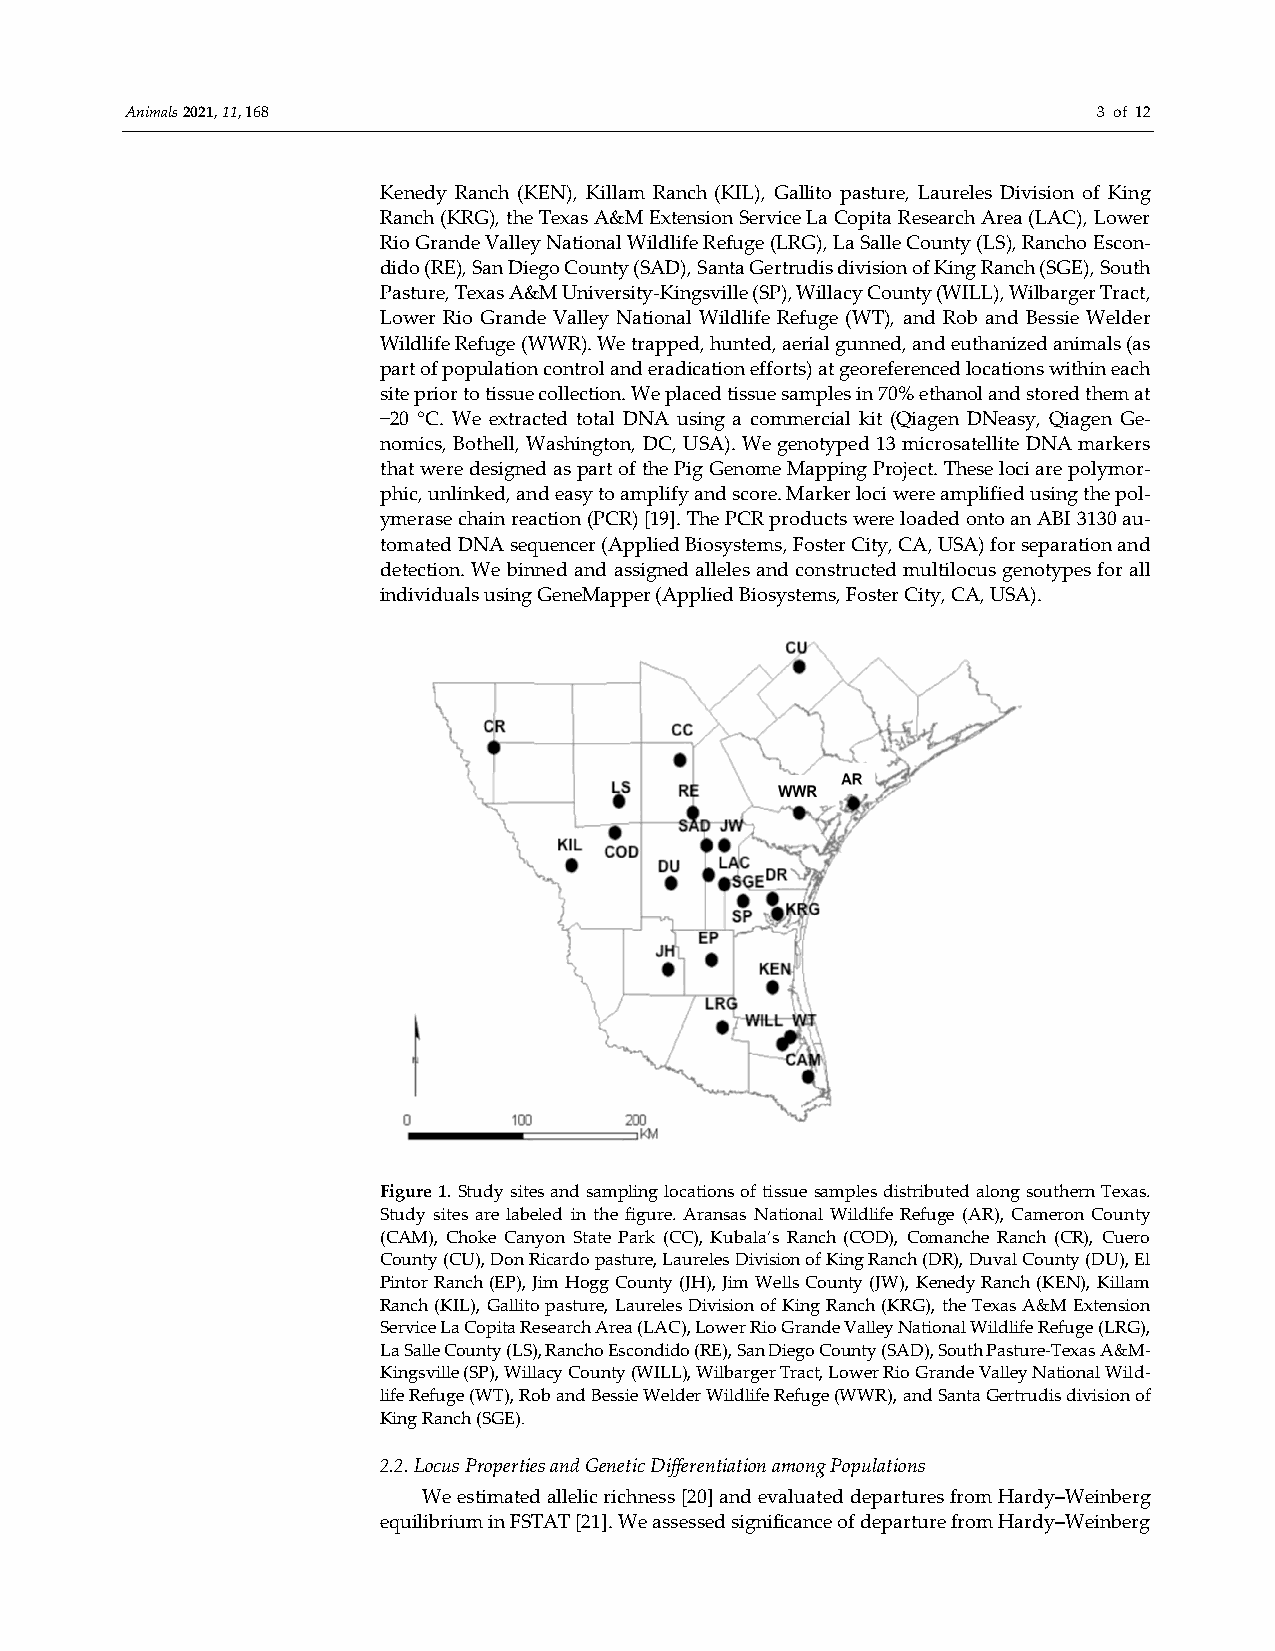
Animals 2021, 11, 168                                            3 of 12
 Kenedy Ranch (KEN), Killam Ranch (KIL), Gallito pasture, Laureles Division of King
 Ranch (KRG), the Texas A&M Extension Service La Copita Research Area (LAC), Lower
 Rio Grande Valley National Wildlife Refuge (LRG), La Salle County (LS), Rancho Escon-
 dido (RE), San Diego County (SAD), Santa Gertrudis division of King Ranch (SGE), South
 Pasture, Texas A&M University-Kingsville (SP), Willacy County (WILL), Wilbarger Tract,
 Lower Rio Grande Valley National Wildlife Refuge (WT), and Rob and Bessie Welder
 Wildlife Refuge (WWR). We trapped, hunted, aerial gunned, and euthanized animals (as
 part of population control and eradication efforts) at georeferenced locations within each
 site prior to tissue collection. We placed tissue samples in 70% ethanol and stored them at
 −20 °C. We extracted total DNA using a commercial kit (Qiagen DNeasy, Qiagen Ge-
 nomics, Bothell, Washington, DC, USA). We genotyped 13 microsatellite DNA markers
 that were designed as part of the Pig Genome Mapping Project. These loci are polymor-
 phic, unlinked, and easy to amplify and score. Marker loci were amplified using the pol-
 ymerase chain reaction (PCR) [19]. The PCR products were loaded onto an ABI 3130 au-
 tomated DNA sequencer (Applied Biosystems, Foster City, CA, USA) for separation and
 detection. We binned and assigned alleles and constructed multilocus genotypes for all
 individuals using GeneMapper (Applied Biosystems, Foster City, CA, USA).
 Figure 1. Study sites and sampling locations of tissue samples distributed along southern Texas.
 Study sites are labeled in the figure. Aransas National Wildlife Refuge (AR), Cameron County
 (CAM), Choke Canyon State Park (CC), Kubala’s Ranch (COD), Comanche Ranch (CR), Cuero
 County (CU), Don Ricardo pasture, Laureles Division of King Ranch (DR), Duval County (DU), El
 Pintor Ranch (EP), Jim Hogg County (JH), Jim Wells County (JW), Kenedy Ranch (KEN), Killam
 Ranch (KIL), Gallito pasture, Laureles Division of King Ranch (KRG), the Texas A&M Extension
 Service La Copita Research Area (LAC), Lower Rio Grande Valley National Wildlife Refuge (LRG),
 La Salle County (LS), Rancho Escondido (RE), San Diego County (SAD), South Pasture-Texas A&M-
 Kingsville (SP), Willacy County (WILL), Wilbarger Tract, Lower Rio Grande Valley National Wild-
 life Refuge (WT), Rob and Bessie Welder Wildlife Refuge (WWR), and Santa Gertrudis division of
 King Ranch (SGE).
 2.2. Locus Properties and Genetic Differentiation among Populations
 We estimated allelic richness [20] and evaluated departures from Hardy–Weinberg
 equilibrium in FSTAT [21]. We assessed significance of departure from Hardy–Weinberg